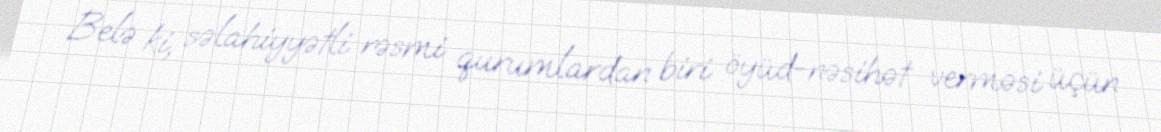
Belə ki, səlahiyyətli rəsmi qurumlardan biri öyüd-nəsihət verməsi üçün